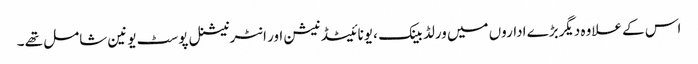
اس کے علاوہ دیگربڑے اداروں میں ورلڈ بینک ، یونائیٹڈ نیشن اور انٹرنیشنل پوسٹ یونین شامل تھے ۔